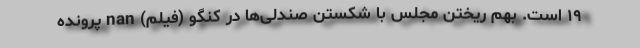
۱۹ است. بهم ریختن مجلس با شکستن صندلی‌ها در کنگو (فیلم) nan پرونده